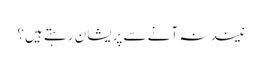
نیند نہ آنے سے پریشان رہتے ہیں؟